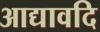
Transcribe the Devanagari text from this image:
आद्यावदि